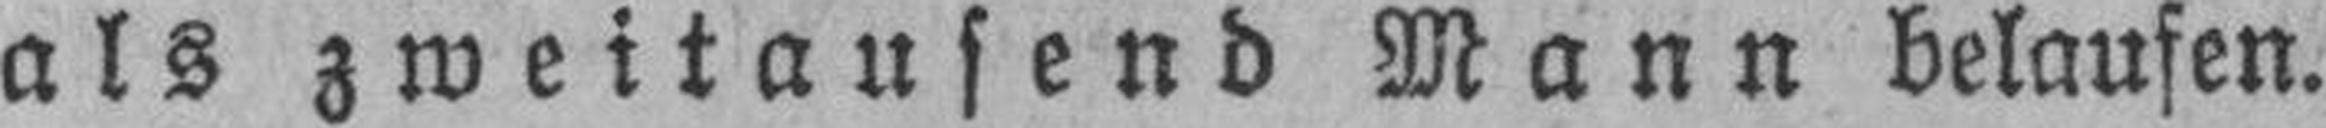
als zweitausend Mann belaufen.